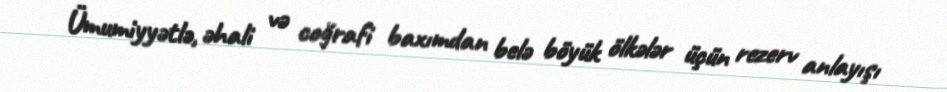
Ümumiyyətlə, əhali və coğrafi baxımdan belə böyük ölkələr üçün rezerv anlayışı